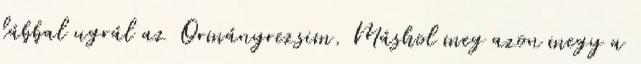
lábbal ugrál az Ormányrezsim. Máshol meg azon megy a